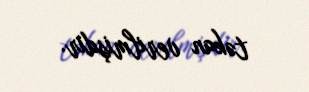
təkan verilmişdir.